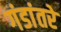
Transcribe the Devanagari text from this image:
गंडांतरे